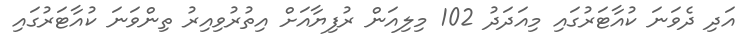
އަދި ދެވަނަ ކުއާޓަރުގައި މިއަދަދު 102 މިލިއަން ރުފިޔާއަށް އިތުރުވިއިރު ތިންވަނަ ކުއާޓަރުގައި